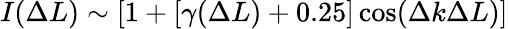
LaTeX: I(\Delta L)\sim[1+[\gamma(\Delta L)+0.25]\cos(\Delta k\Delta L)]